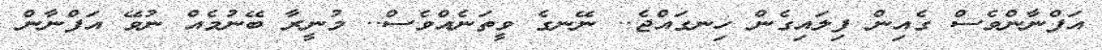
އަފްނާންވެސް ގެއިން ފިލައިގެން ހިނގައްޖެ.. ނޭނގެ ވީތަނެއްވެސް.. މުނީރާ ބޭނުމެއް ނުވޭ އަފްނާން